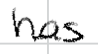
Text: has
Cross-out: clean
Writing tool: digital_black